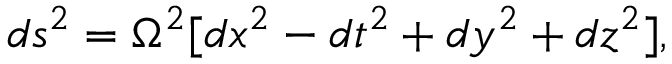
d s ^ { 2 } = \Omega ^ { 2 } [ d x ^ { 2 } - d t ^ { 2 } + d y ^ { 2 } + d z ^ { 2 } ] ,